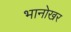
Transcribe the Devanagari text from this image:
भानोखर